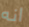
انه